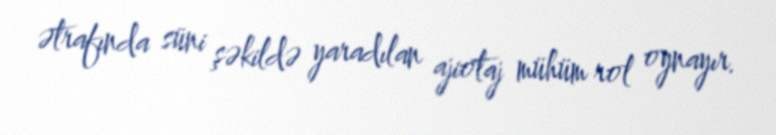
ətrafında süni şəkildə yaradılan ajiotaj mühüm rol oynayır.